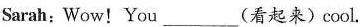
Sarah:Wow!You_________(看起来)cool.